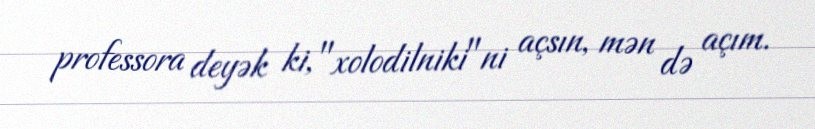
professora deyək ki, "xolodilniki"ni açsın, mən də açım.